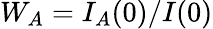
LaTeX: W_{A}=I_{A}(0)/I(0)